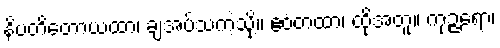
နိပတိတောယထာ၊ ချအပ်သကဲ့သို့။ ဧဝံတထာ၊ ထို့အတူ။ ကုဉ္ဇရော၊